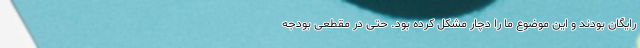
رایگان بودند و این موضوع ما را دچار مشکل کرده بود. حتی در مقطعی بودجه